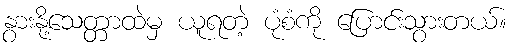
နွားနို့သေတ္တာထဲမှ ယူရတဲ့ ပုံစံကို ပြောင်းသွားတယ်။